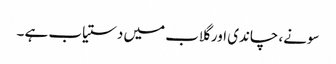
سونے، چاندی اور گلاب میں دستیاب ہے ۔